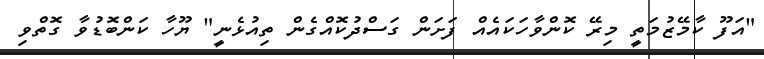
"އަފޫ ކާމޭޒުމަތީ މިރޭ ކޮންވާހަކައެއް ފަށަން ގަސްދުކޮއްގެން ތިއުޅެނީ" ޔޫހާ ކަންބޮޑުވާ ގޮތްވި